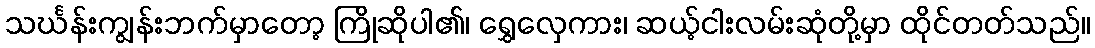
သင်္ဃန်းကျွန်းဘက်မှာတော့ ကြိုဆိုပါ၏၊ ရွှေလှေကား၊ ဆယ့်ငါးလမ်းဆုံတို့မှာ ထိုင်တတ်သည်။